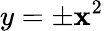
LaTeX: y=\pm\mathbf{x}^{2}